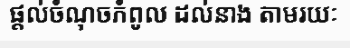
ផ្តល់ចំណុចកំពូល ដល់នាង តាមរយៈ